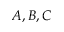
A , B , C